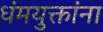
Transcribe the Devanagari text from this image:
धंमयुक्तांना